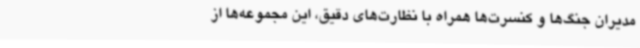
مدیران جنگ‌ها و کنسرت‌ها همراه با نظارت‌های دقیق، این مجموعه‌ها از